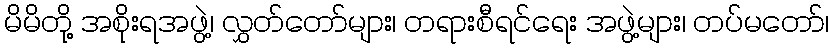
မိမိတို့ အစိုးရအဖွဲ့၊ လွှတ်တော်များ၊ တရားစီရင်ရေး အဖွဲ့များ၊ တပ်မတော်၊